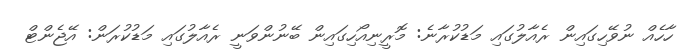
ހާހެއް ނުވޭހިގައިން ރެއާލުގައި މަޑުކުރާނެ: މޮރީނިއޯހިގައިން ބޭނުންވަނީ ރެއާލުގައި މަޑުކުރަން: އޭޖެންޓް